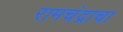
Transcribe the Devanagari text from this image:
रामचंद्राचा